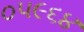
૦૫૯૬૪